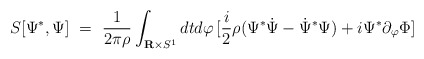
\begin{align*}S[\Psi^*,\Psi]\ =\ {1\over 2\pi\rho}\int_{{\bf R}\times S^1} dtd\varphi\, [{i\over 2}\rho(\Psi^*{\dot \Psi}-{\dot\Psi}^*\Psi)+i\Psi^*\partial_\varphi\Phi ]\end{align*}